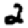
Digit: 2